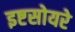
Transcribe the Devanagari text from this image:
इष्टसोयरे